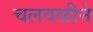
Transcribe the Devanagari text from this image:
चलवळीने